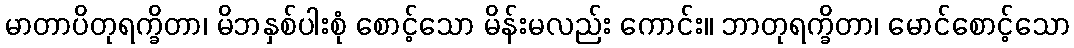
မာတာပိတုရက္ခိတာ၊ မိဘနှစ်ပါးစုံ စောင့်သော မိန်းမလည်း ကောင်း။ ဘာတုရက္ခိတာ၊ မောင်စောင့်သော